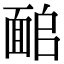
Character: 𩈜